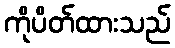
ကိုပိတ်ထားသည်